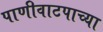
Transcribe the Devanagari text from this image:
पाणीवाटपाच्या